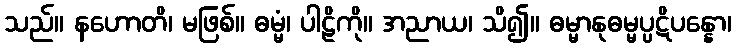
သည်။ နဟောတိ၊ မဖြစ်။ ဓမ္မံ၊ ပါဠိကို။ အညာယ၊ သိ၍။ ဓမ္မာနုဓမ္မပ္ပဋိပန္နော၊